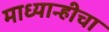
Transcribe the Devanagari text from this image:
माध्यान्हीचा